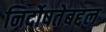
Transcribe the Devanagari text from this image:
निर्दोषतेबद्दल